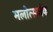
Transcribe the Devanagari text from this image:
मलोत्सर्जक